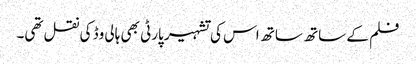
فلم کے ساتھ ساتھ اس کی تشہیر پارٹی بھی ہالی وڈ کی نقل تھی۔